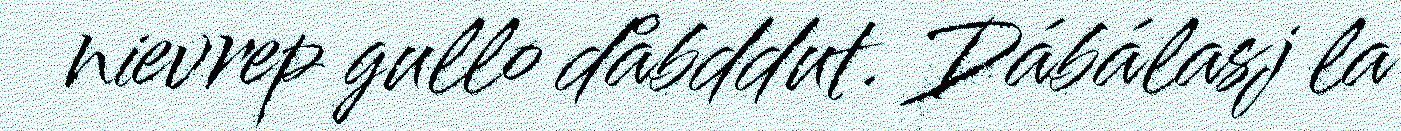
nievrep gullo dåbddut. Dábálasj la